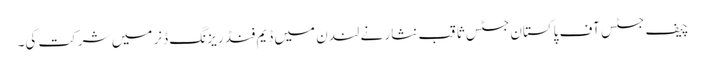
چیف جسٹس آف پاکستان جسٹس ثاقب نثار نے لندن میں ڈیم فنڈ ریزنگ ڈنر میں شرکت کی۔